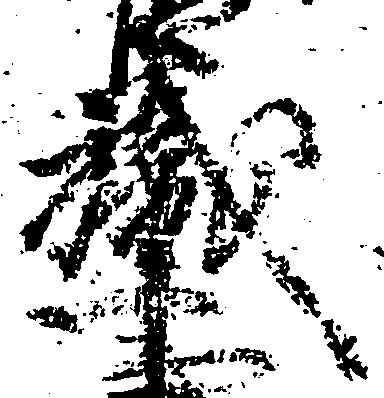
職